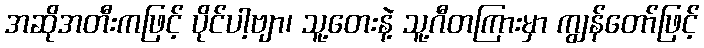
အဆိုအတီးကဖြင့် ပိုင်ပါ့ဗျာ၊ သူ့တေးနဲ့ သူ့ဂီတကြားမှာ ကျွန်တော်ဖြင့်